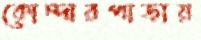
কোন্দারপাড়ায়